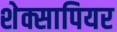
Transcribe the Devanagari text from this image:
शेक्सापियर